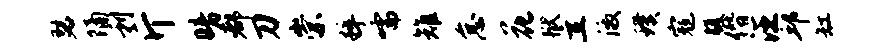
瑟隔利斤暗都刀崇粹嚅雉怠花狱立激璞寇腹僭汪邱缸